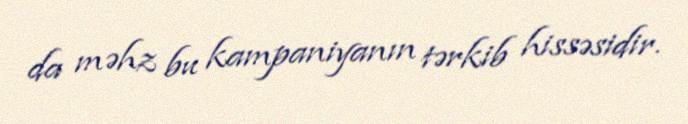
da məhz bu kampaniyanın tərkib hissəsidir.